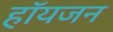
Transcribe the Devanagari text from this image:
हॉयजन